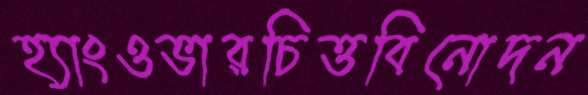
হ্যাংওভারচিত্তবিনোদন